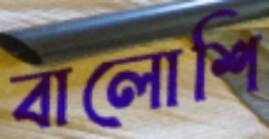
বালোশি